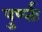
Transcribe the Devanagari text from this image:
पुर्ण्तः